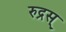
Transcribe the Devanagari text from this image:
रुद्रस्